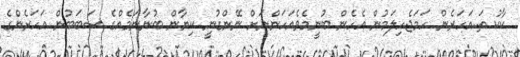
ކާކު ތަ..އަހަރެން ހަމަޖެހިލަމުން އެހެން ބުނީމެވެއަހަންނަށް ނޭންގުނީ ކިޔާން ބުނާނަމެއްގެ ސަބަބުން އަހަރެންގެ